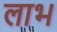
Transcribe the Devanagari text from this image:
लाभ